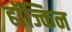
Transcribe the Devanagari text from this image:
हॉज्किन